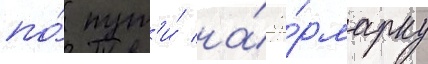
по́ пут'и́ на́ я́рмарку